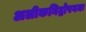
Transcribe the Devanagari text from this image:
अलीकनिद्रोपगमः